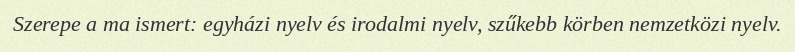
Szerepe a ma ismert: egyházi nyelv és irodalmi nyelv, szűkebb körben nemzetközi nyelv.